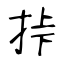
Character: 挊